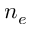
n _ { e }